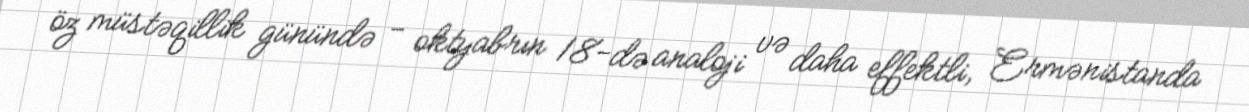
öz müstəqillik günündə - oktyabrın 18-də analoji və daha effektli, Ermənistanda